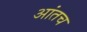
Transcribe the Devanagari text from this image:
आंतच